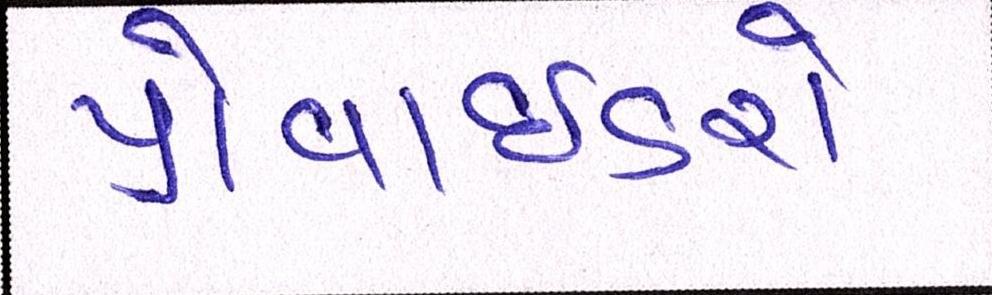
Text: પ્રોવાઈડરો